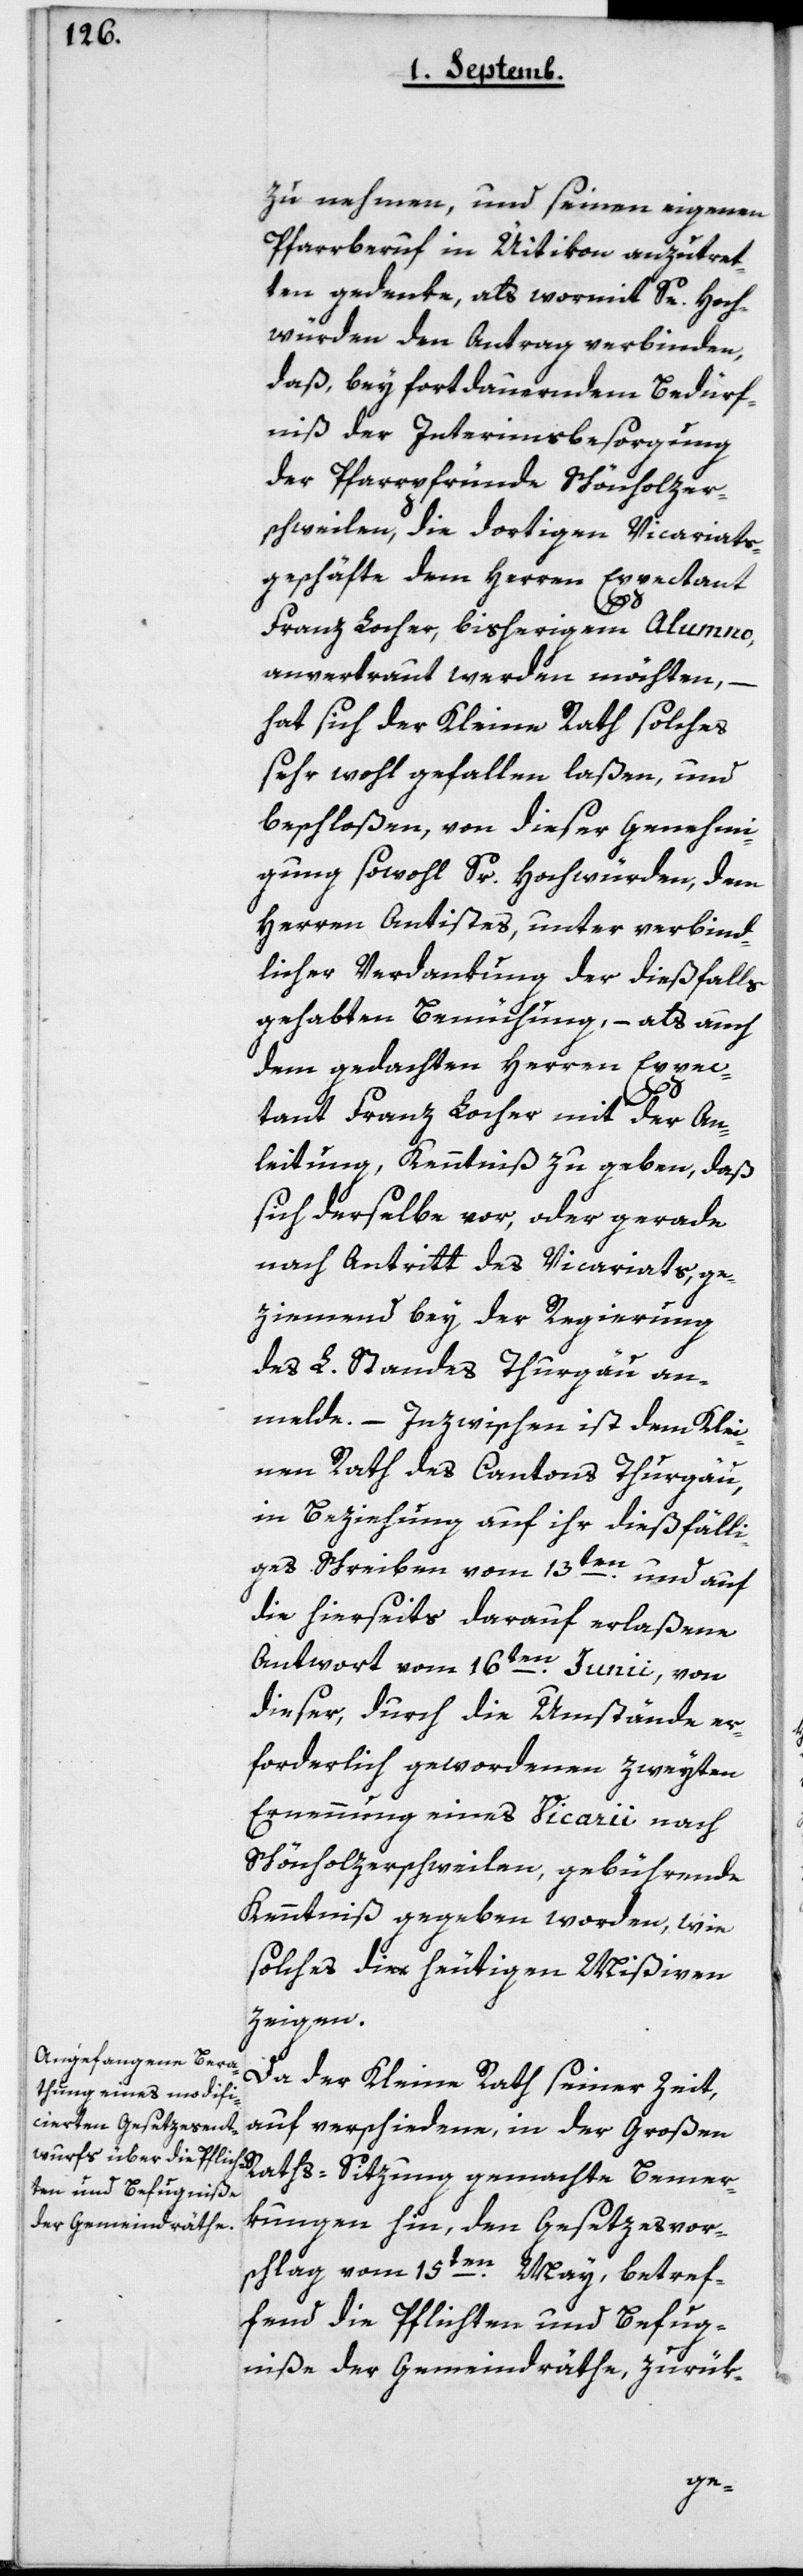
zu nehmen, und seinen eigenen
Pfarrberuf in Uitikon anzutret¬
ten gedenke, als wormit Sr Hoch¬
würden den Antrag verbinden,
daß bey fortdauerndem Bedürf¬
nis der Interimsbesorgung
der Pfarrpfründe Schönholzer¬
sweilen, die dortigen Vicariats¬
geschäfte dem Herrn Expectant
Franz Locher, bisherigem Alumno,
anvertraut werden möchten, –
hat sich der Kleine Rath solches
sehr wohl gefallen laßen, und
beschloßen, von dieser Genehmi¬
gung sowohl Sr Hochwürden, dem
Herren Antistes, unter verbind¬
licher Verdankung der dießfalls
gehabten Bemühung, – als auch
dem gedachten Herren Expec¬
tant Franz Locher mit der An¬
leitung Kenntniß zu geben, daß
sich derselbe vor, oder gerade
nach Antritt des Vicariats, ge¬
ziemend bey der Regierung
des L. Standes Thurgau an¬
melde. – Inzwischen ist dem Klei¬
nen Rath des Cantons Thurgau,
in Beziehung auf ihr dießfälli¬
ges Schreiben vom 13ten und auf
die hierseits darauf erlaßene
Antwort vom 16ten Junii, von
dieser, durch die Umstände er¬
forderlich gewordenen zweyten
Ernennung eines Vicarii nach
Schönholzersweilen, gebührende
Kenntniß gegeben worden, wie
solches die heutigen Mißiven
zeigen.
Da der Kleine Rath seinerzeit
auf verschiedene, in der Große¬
n-Raths-Sitzung gemachte Bemer¬
kungen hin, den Gesetzesvor¬
schlag vom 15ten May, betref¬
fend die Pflichten und Befug¬
niße der Gemeindräthe, zurük-